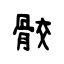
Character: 骹